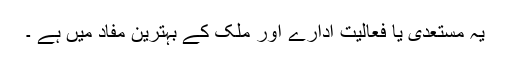
یہ مستعدی یا فعالیت ادارے اور ملک کے بہترین مفاد میں ہے ۔